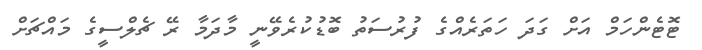
ޓޮޓެންހަމް އަށް ގަދަ ހަތަރެއްގެ ފުރުސަތު ބޮޑުކުރެވޭނީ މާދަމާ ރޭ ޗެލްސީގެ މައްޗަށް